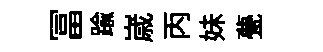
冨踰𡻕丙妹甍